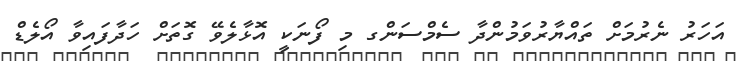
އަހަރު ނެރުމަށް ތައްޔާރުވަމުންދާ ސެމްސަންގ މި ފޯނަކީ އޮޅާލެވޭ ގޮތަށް ހަދާފައިވާ އޯލެޑް